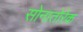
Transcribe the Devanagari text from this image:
सोनातोरेक